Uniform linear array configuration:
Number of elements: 16
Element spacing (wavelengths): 0.75
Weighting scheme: hamming
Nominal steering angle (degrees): -60
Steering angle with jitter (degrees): -59.469
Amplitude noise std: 0.05
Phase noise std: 0.05

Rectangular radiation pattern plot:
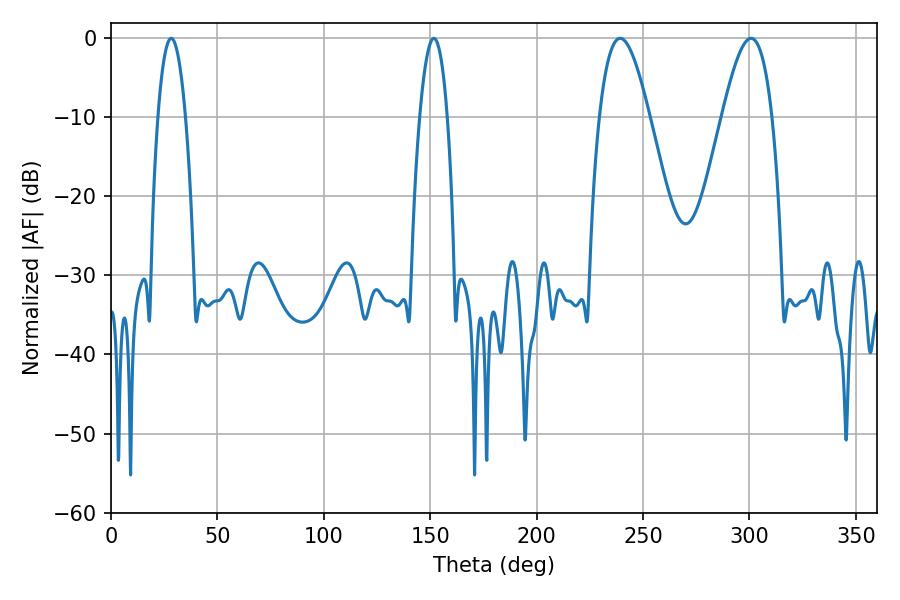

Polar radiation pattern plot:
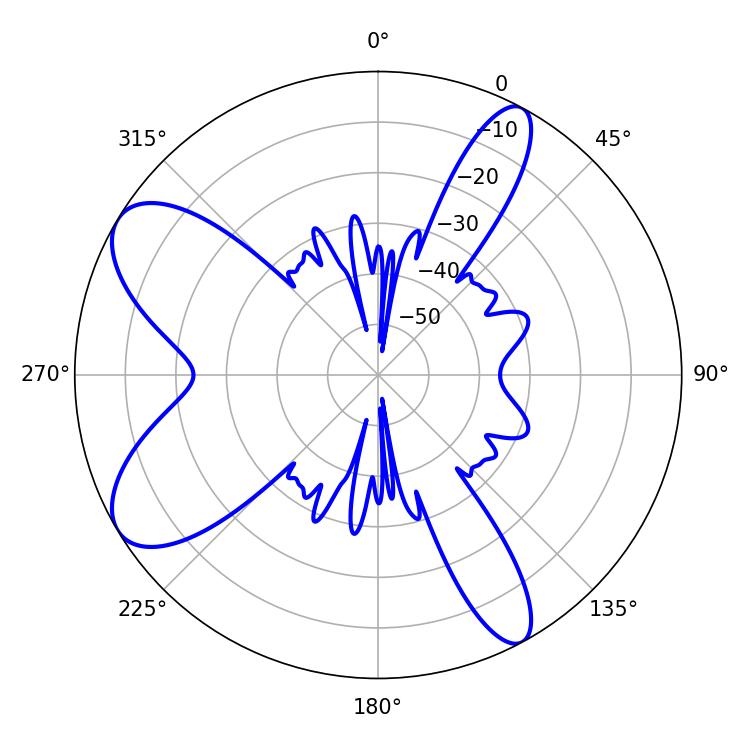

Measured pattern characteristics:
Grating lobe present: TRUE
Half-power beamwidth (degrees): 12.78
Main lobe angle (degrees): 239.22